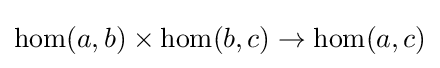
\operatorname {hom} (a,b)\times \operatorname {hom} (b,c)\to \operatorname {hom} (a,c)